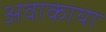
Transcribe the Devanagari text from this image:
अवाकाया